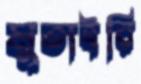
মুতাইরি